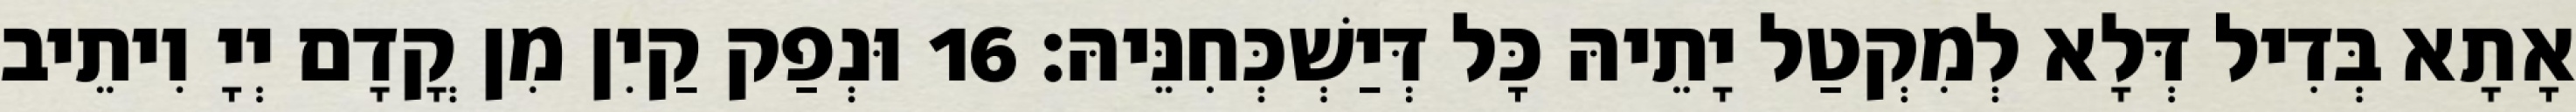
אָתָא בְּדִיל דְּלָא לְמִקְטַל יָתֵיהּ כָּל דְּיַשְׁכְּחִנֵּיהּ׃ 16 וּנְפַק קַיִן מִן קֳדָם יְיָ וִיתֵיב